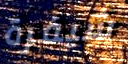
شيفرة